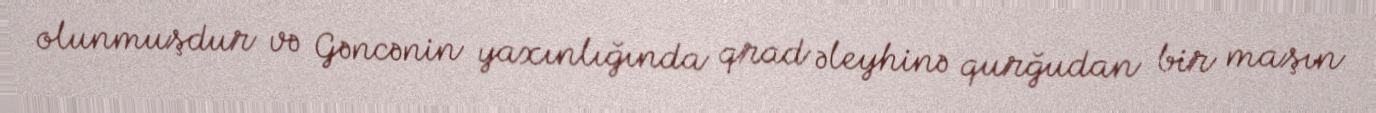
olunmuşdur və Gəncənin yaxınlığında qrad əleyhinə qurğudan bir maşın